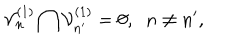
{ \cal V } _ { n } ^ { ( 1 ) } \bigcap { \cal V } _ { n ^ { \prime } } ^ { ( 1 ) } = \emptyset , \; \; n \neq n ^ { \prime } ,